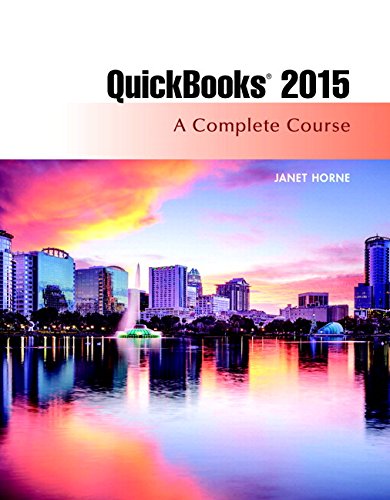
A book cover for QuickBooks 2015: A Complete Course & Access Card Package (16th Edition); Janet Horne; Computers & Technology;